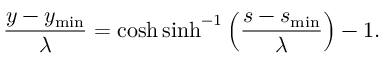
\frac { y - y _ { \mathrm { m i n } } } { \lambda } = \cosh \sinh ^ { - 1 } \left( \frac { s - s _ { \mathrm { m i n } } } { \lambda } \right) - 1 .